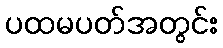
ပထမပတ်အတွင်း